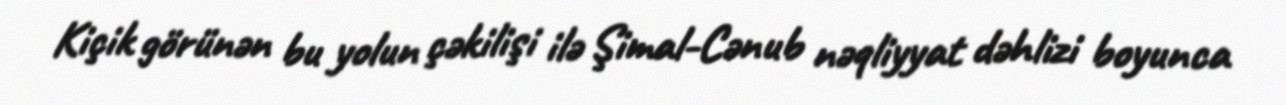
Kiçik görünən bu yolun çəkilişi ilə Şimal-Cənub nəqliyyat dəhlizi boyunca